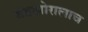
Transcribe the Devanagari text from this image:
बंडखोरालाच